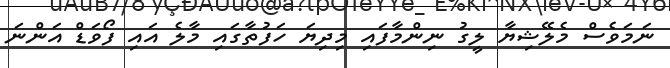
ނަމަވެސް މެލޭޝިޔާ ލީގު ނިންމާފައި މިދިޔަ ހަފުތާގައި މާލެ އައި ފޯވަޑް އަންނަ